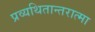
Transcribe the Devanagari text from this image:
प्रव्यथितान्तरात्मा